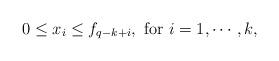
LaTeX: \begin{align*} 0\le x_i\le f_{q-k+i}, \mbox{ for } i=1,\cdots,k,\end{align*}